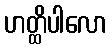
ဟတ္ထိပါလော